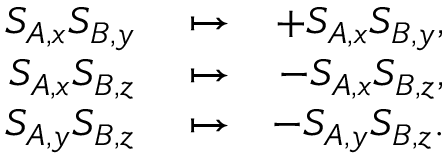
\begin{array} { r l r } { S _ { A , x } S _ { B , y } } & { { } \mapsto } & { + S _ { A , x } S _ { B , y } , } \\ { S _ { A , x } S _ { B , z } } & { { } \mapsto } & { - S _ { A , x } S _ { B , z } , } \\ { S _ { A , y } S _ { B , z } } & { { } \mapsto } & { - S _ { A , y } S _ { B , z } . } \end{array}